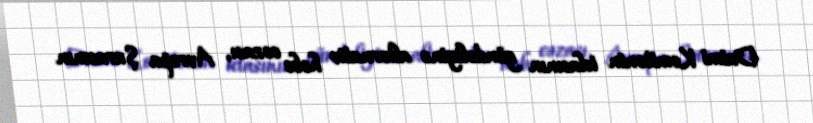
Daimi Komitənin iclasının gündəliyinə alternativ həbs cəzası, Avropa Şurasının